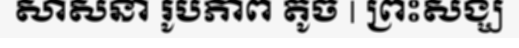
សាសនា រូបភាព តូច | ព្រះសង្ឃ